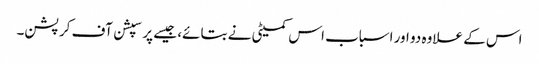
اس کے علاوہ دو اور اسباب اس کمیٹی نے بتائے، جیسے پرسپشن آف کرپشن۔